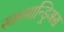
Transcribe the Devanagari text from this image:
स्कामान्ड्रिअस